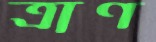
ত্রাণ